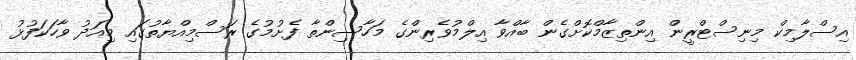
އިސްލާމިކް މިނިސްޓްރީން އިންތިޒާމްކޮށްގެން ބާއްވާ އިލްމުވެރިންގެ މަހާސިންތާ ފެށުމުގެ ރަސްމިއްޔާތުގައި މިއަދު ވާހަކަފުޅު